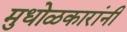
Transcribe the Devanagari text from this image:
मुधोळकारांनी